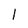
Character: 1